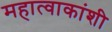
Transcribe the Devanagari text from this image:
महात्वाकांशी